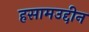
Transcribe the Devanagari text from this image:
हसामउद्दीन